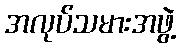
အလုပ်သမားအဖွဲ့